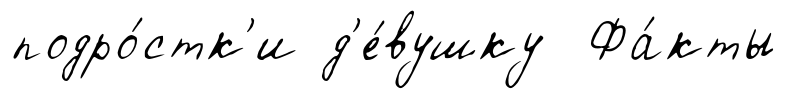
подро́стк'и д'е́вушку Фа́кты